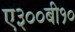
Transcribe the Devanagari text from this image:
ए३००बी१०